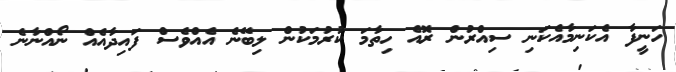
ހަނީފާ އެކަނިމާއެކަނި ސިއްރުން ރޮއެ ހިތާމަ ކުރުމަކުން ލިބޭނެ އެއްވެސް ފައިދާއެއް ނޯއްނާނެ